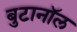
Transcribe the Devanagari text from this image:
बुटानॉल